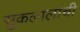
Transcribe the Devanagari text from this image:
सुकलालाची